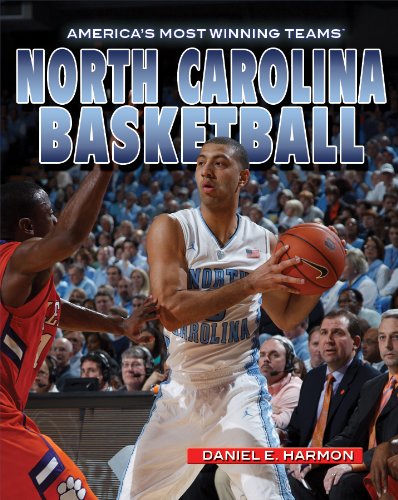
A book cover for North Carolina Basketball (America's Most Winning Teams); Mary-Lane Kamberg; Teen & Young Adult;